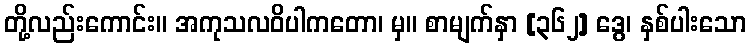
တို့လည်းကောင်း။ အကုသလဝိပါကတော၊ မှ။ စာမျက်နှာ [၃၆၂] ဒွေ၊ နှစ်ပါးသော